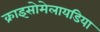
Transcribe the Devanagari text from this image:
क्राइसोमेलायडिया